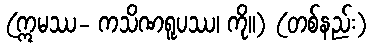
(ဣမဿ- ကသိဏရူပဿ၊ ကို။) (တစ်နည်း)